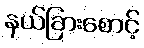
နယ်ခြားစောင့်